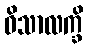
ဝိသာလက္ခိ